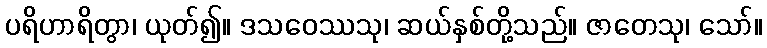
ပရိဟာရိတွာ၊ ယုတ်၍။ ဒသဝေဿသု၊ ဆယ်နှစ်တို့သည်။ ဇာတေသု၊ သော်။